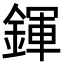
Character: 鍕